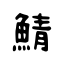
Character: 鯖